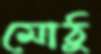
মোঠু